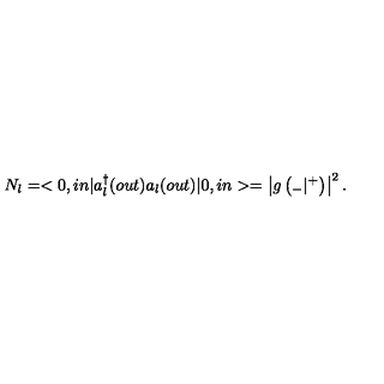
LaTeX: N _ { l } = < 0 , i n | a _ { l } ^ { \dagger } ( o u t ) a _ { l } ( o u t ) | 0 , i n > = \left| g \left( { } _ { - } | { } ^ { + } \right) \right| ^ { 2 } .